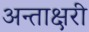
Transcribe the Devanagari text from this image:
अन्ताक्षरी